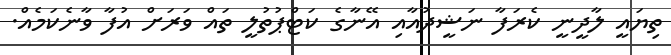
ތިޔައީ ލާދީނީ ކެރަފާ ނަޝީދުއާއި އޭނާގެ ކަޓްޕުތުލީ ތައް ވަރަށް އުފާ ވާނެކަމެއް.